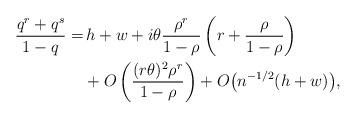
LaTeX: \begin{align*}\frac{q^r+q^s}{1-q}=&\,h+w +i\theta\frac{\rho^r}{1-\rho}\left(r+\frac{\rho}{1-\rho}\right)\\&+O\left(\frac{(r\theta)^2\rho^r}{1-\rho}\right)+ O\bigl(n^{-1/2}(h+w)\bigr),\end{align*}